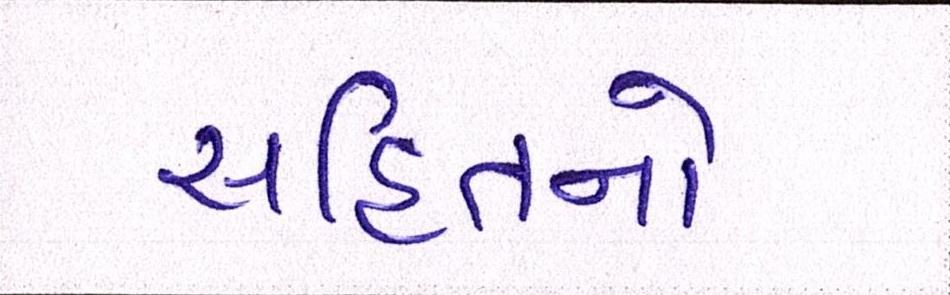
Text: સહિતનો